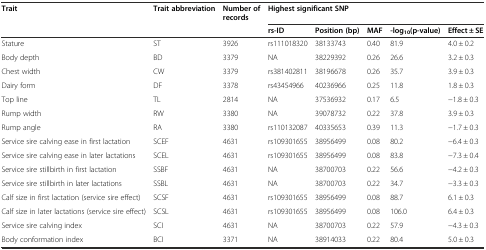
<table><thead><tr><td><b>Trait</b></td><td><b>Trait abbreviation</b></td><td><b>Number of records</b></td><td colspan="5"><b>Highest significant SNP</b></td></tr><tr><td>[EMPTY_CELL]</td><td>[EMPTY_CELL]</td><td>[EMPTY_CELL]</td><td><b>rs-ID</b></td><td><b>Position (bp)</b></td><td><b>MAF</b></td><td><b>-log<sub>10</sub>(p-value)</b></td><td><b>Effect ± SE</b></td></tr></thead><tbody><tr><td>Stature</td><td>ST</td><td>3926</td><td>rs111018320</td><td>38133743</td><td>0.40</td><td>81.9</td><td>4.0 ± 0.2</td></tr><tr><td>Body depth</td><td>BD</td><td>3379</td><td>NA</td><td>38229392</td><td>0.26</td><td>26.6</td><td>3.2 ± 0.3</td></tr><tr><td>Chest width</td><td>CW</td><td>3379</td><td>rs381402811</td><td>38196678</td><td>0.26</td><td>35.7</td><td>3.9 ± 0.3</td></tr><tr><td>Dairy form</td><td>DF</td><td>3378</td><td>rs43454966</td><td>40236966</td><td>0.25</td><td>11.8</td><td>1.8 ± 0.3</td></tr><tr><td>Top line</td><td>TL</td><td>2814</td><td>NA</td><td>37536932</td><td>0.17</td><td>6.5</td><td>−1.8 ± 0.3</td></tr><tr><td>Rump width</td><td>RW</td><td>3380</td><td>NA</td><td>39078732</td><td>0.22</td><td>37.8</td><td>3.9 ± 0.3</td></tr><tr><td>Rump angle</td><td>RA</td><td>3380</td><td>rs110132087</td><td>40335653</td><td>0.39</td><td>11.3</td><td>−1.7 ± 0.3</td></tr><tr><td>Service sire calving ease in first lactation</td><td>SCEF</td><td>4631</td><td>rs109301655</td><td>38956499</td><td>0.08</td><td>80.2</td><td>−6.4 ± 0.3</td></tr><tr><td>Service sire calving ease in later lactations</td><td>SCEL</td><td>4631</td><td>rs109301655</td><td>38956499</td><td>0.08</td><td>83.8</td><td>−7.3 ± 0.4</td></tr><tr><td>Service sire stillbirth in first lactation</td><td>SSBF</td><td>4631</td><td>NA</td><td>38700703</td><td>0.22</td><td>56.6</td><td>−4.2 ± 0.3</td></tr><tr><td>Service sire stillbirth in later lactations</td><td>SSBL</td><td>4631</td><td>NA</td><td>38700703</td><td>0.22</td><td>34.7</td><td>−3.3 ± 0.3</td></tr><tr><td>Calf size in first lactation (service sire effect)</td><td>SCSF</td><td>4631</td><td>rs109301655</td><td>38956499</td><td>0.08</td><td>88.7</td><td>6.1 ± 0.3</td></tr><tr><td>Calf size in later lactations (service sire effect)</td><td>SCSL</td><td>4631</td><td>rs109301655</td><td>38956499</td><td>0.08</td><td>106.0</td><td>6.4 ± 0.3</td></tr><tr><td>Service sire calving index</td><td>SCI</td><td>4631</td><td>NA</td><td>38700703</td><td>0.22</td><td>57.9</td><td>−4.3 ± 0.3</td></tr><tr><td>Body conformation index</td><td>BCI</td><td>3371</td><td>NA</td><td>38914033</td><td>0.22</td><td>80.4</td><td>5.0 ± 0.3</td></tr></tbody></table>